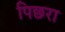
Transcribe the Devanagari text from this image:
पिछरा